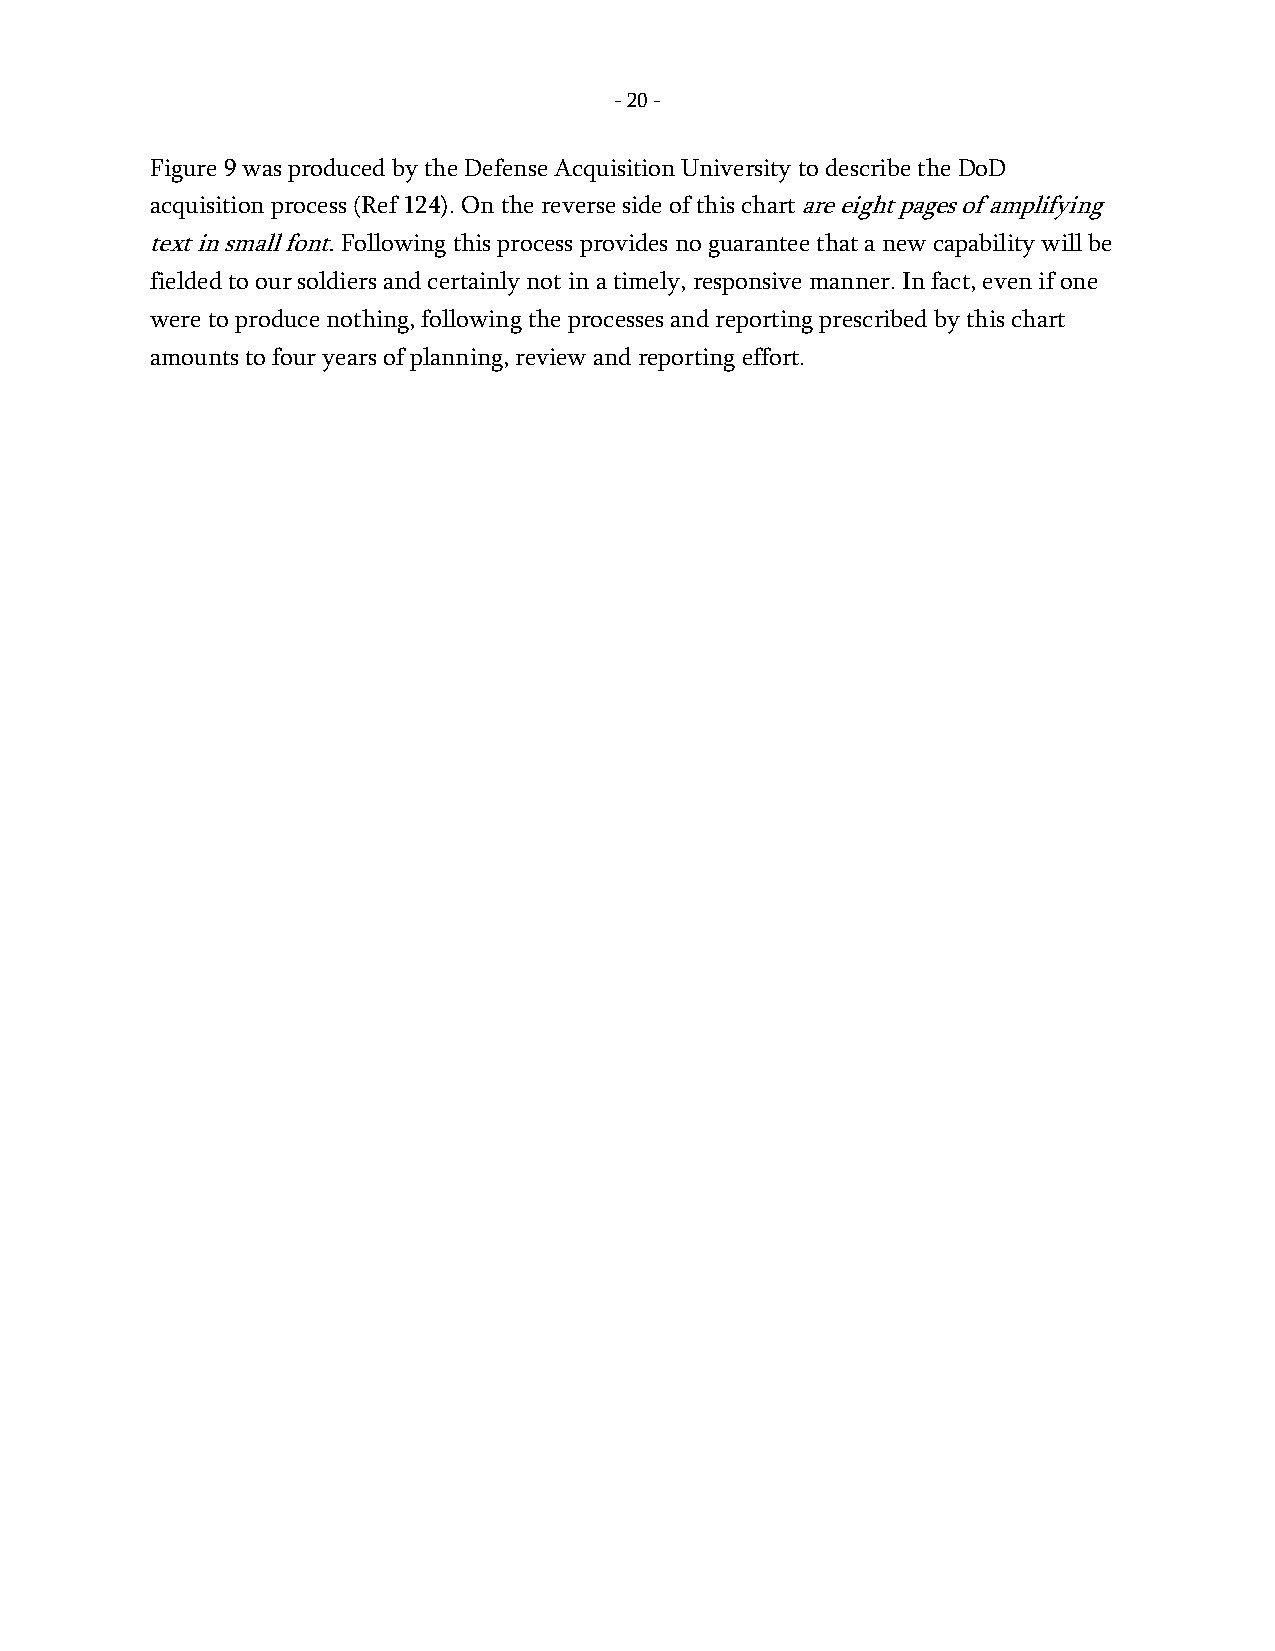
- 20 -
 Figure 9 was produced by the Defense Acquisition University to describe the DoD
 acquisition process (Ref 124). On the reverse side of this chart are eight pages of amplifying
 text in small font. Following this process provides no guarantee that a new capability will be
 fielded to our soldiers and certainly not in a timely, responsive manner. In fact, even if one
 were to produce nothing, following the processes and reporting prescribed by this chart
 amounts to four years of planning, review and reporting effort.